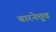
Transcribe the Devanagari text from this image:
बारनेत्तुव